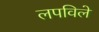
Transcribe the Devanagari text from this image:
लपविले